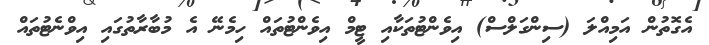
އެގޮތުން އަމިއްލަ (ސިންގަލްސް) އިވެންޓުތަކާއި ޓީމް އިވެންޓުތައް ހިމެނޭ އެ މުބާރާތުގައި އިވްނެޓުތައް